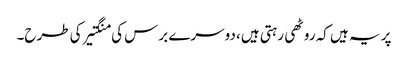
پر یہ ہیں کہ روٹھی رہتی ہیں، دوسرے برس کی منگتیر کی طرح۔